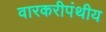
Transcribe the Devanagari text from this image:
वारकरीपंथीय